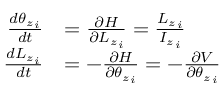
{ \begin{array} { r l } { { \frac { d { \theta _ { z } } _ { i } } { d t } } } & { = { \frac { \partial { \cal { H } } } { \partial { L _ { z } } _ { i } } } = { \frac { { L _ { z } } _ { i } } { { I _ { z } } _ { i } } } } \\ { { \frac { d { L _ { z } } _ { i } } { d t } } } & { = - { \frac { \partial { \cal { H } } } { \partial { \theta _ { z } } _ { i } } } = - { \frac { \partial V } { \partial { \theta _ { z } } _ { i } } } } \end{array} }